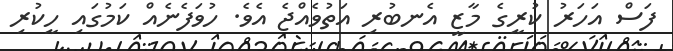
ފަސް އަހަރު ކުރީގެ މާޒީ އެނބުރި އަތުވެއްޖެ އެވެ. ހުވަފެނެއް ކަމުގައި ހީކުރި